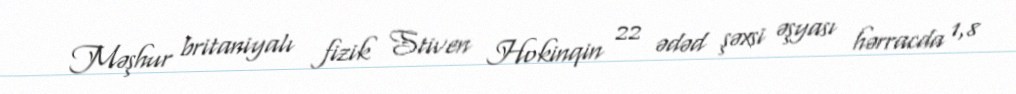
Məşhur britaniyalı fizik Stiven Hokinqin 22 ədəd şəxsi əşyası hərracda 1,8